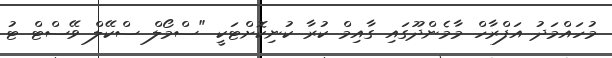
މުހައްމަދު އަފްރާހް މާމެންދޫގައި ގާއިމް ކުރާ ކުނިކޮށްޓަކީ "ސްމޯލް ސްކޭލް ވޭސްޓް ޓު